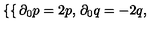
\left\{ \begin{cases} { \partial _ { 0 } p = 2 p , } \\ { \partial _ { 0 } q = - 2 q , } \\ \end{cases} \right.